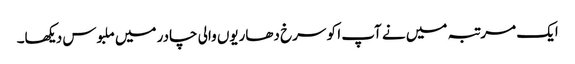
ایک مرتبہ میں نے آپ ا کو سرخ دھاریوں والی چادر میں ملبوس دیکھا۔